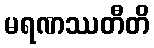
မရဏဿတီတိ